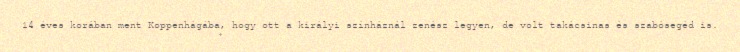
14 éves korában ment Koppenhágába, hogy ott a királyi színháznál zenész legyen, de volt takácsinas és szabósegéd is.